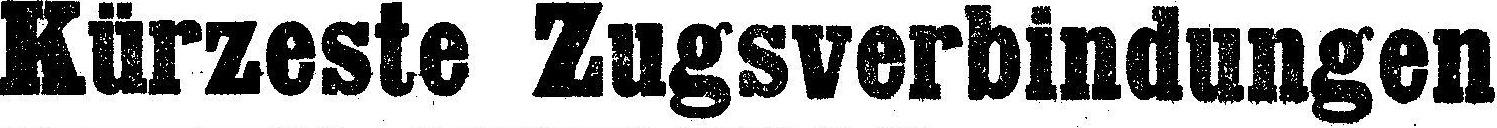
Kürzeste Zugsverbindungen